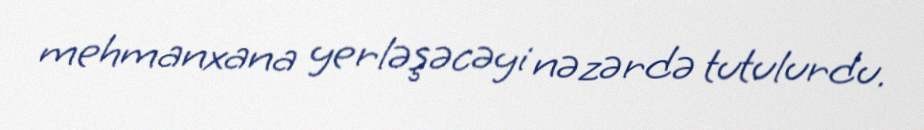
mehmanxana yerləşəcəyi nəzərdə tutulurdu.